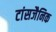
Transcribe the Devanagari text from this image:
टांसजैनिक